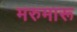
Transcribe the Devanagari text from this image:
मरुमारू